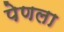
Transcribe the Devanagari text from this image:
पेणला